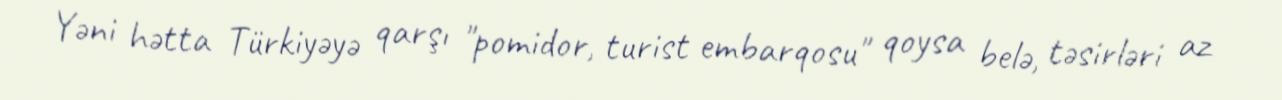
Yəni hətta Türkiyəyə qarşı "pomidor, turist embarqosu" qoysa belə, təsirləri az